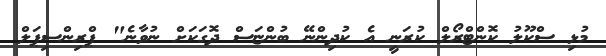
މުޅި ސްކޫލު ކޮންޓްރޯލް ކުރަނީ އެ ކުދިންނޭ ބުންޏަސް ދޮގަކަށް ނުވާނެ" ޕްރިންސިޕަލް